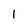
Character: 1